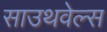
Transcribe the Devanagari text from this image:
साउथवेल्स